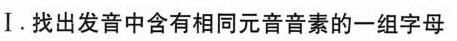
Ⅰ.找出发音中含有相同元音音素的一组字母